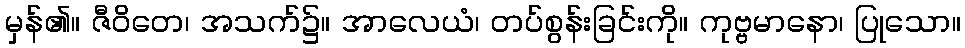
မှန်၏။ ဇီဝိတေ၊ အသက်၌။ အာလေယံ၊ တပ်စွန်းခြင်းကို။ ကုဗ္ဗမာနော၊ ပြုသော။